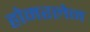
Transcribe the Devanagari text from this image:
होमरलेन